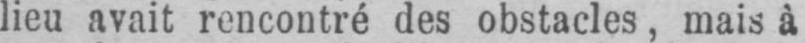
lieu avait rencontré des obstacles, mais à